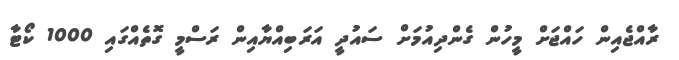
ރާއްޖެއިން ހައްޖަށް މީހުން ގެންދިއުމަށް ސައުދީ އަރަބިއްޔާއިން ރަސްމީ ގޮތެއްގައި 1000 ކޯޓާ